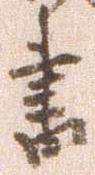
書